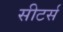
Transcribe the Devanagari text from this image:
सीटर्स